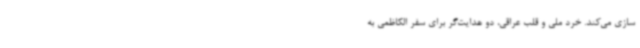
سازی می‌کند. خرد ملی و قلب عراقی، دو هدایت‌گر برای سفر الکاظمی به